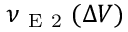
\nu _ { \mathrm { ~ E ~ 2 ~ } } ( \Delta V )